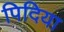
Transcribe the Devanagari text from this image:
पिदिया